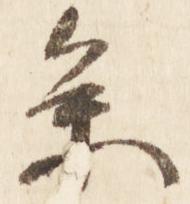
参